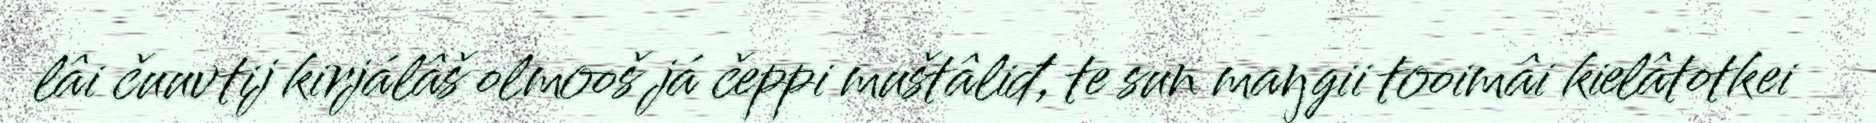
lâi čuuvtij kirjálâš olmooš já čeppi muštâliđ, te sun maŋgii tooimâi kielâtotkei